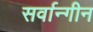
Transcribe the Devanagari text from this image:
सर्वान्गीन